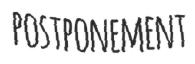
POSTPONEMENT